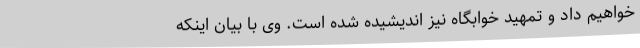
خواهیم داد و تمهید خوابگاه نیز اندیشیده شده است. وی با بیان اینکه